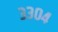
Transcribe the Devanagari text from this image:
३३०४